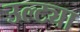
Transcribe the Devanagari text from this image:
उल्ट्या